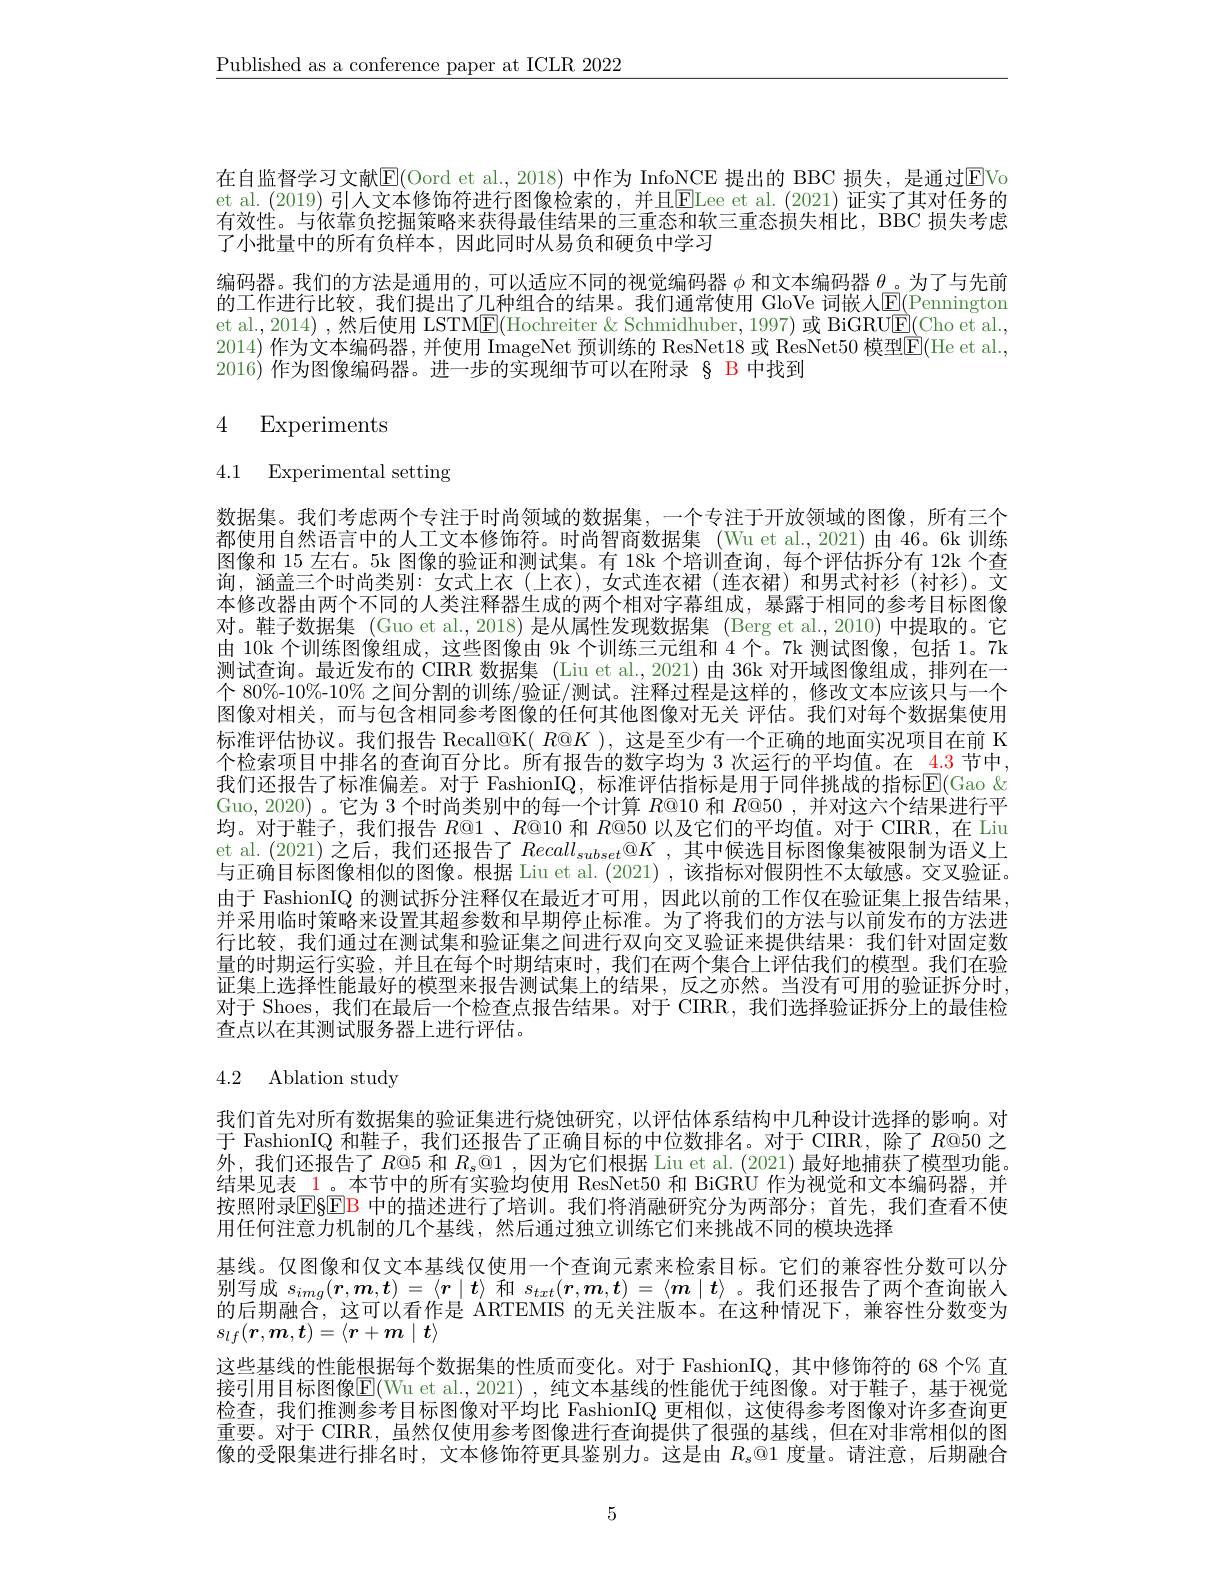
$\underline{\text{Published as a conference paper at ICLR 2022}}$

在自监督学习文献$\mathbb{E}($Oord et al., 2018) 中作为 InfoNCE 提出的 BBC 损失，是通过$\color{red}{\boxed{E}}$Vo et al. (2019) 引人文本修饰符进行图像检索的，并且$\overline{\mathrm{ELee~et~al.~(2021)~证实了其对任务的}}$ 有效性。与依靠负挖掘策略来获得最佳结果的三重态和软三重态损失相比，BBC 损失考虑了小批量中的所有负样本，因此同时从易负和硬负中学习
编码器。我们的方法是通用的，可以适应不同的视觉编码器$\phi$和文本编码器$\theta$。为了与先前的工作进行比较，我们提出了几种组合的结果。我们通常使用 GloVe 词嵌人E(Pennington et al., 2014) ,然后使用 LSTME(Hochreiter &Schmidhuber, 1997) 或 BiGRU$\underline{\mathrm{E}}($Cho et al., 2014) 作为文本编码器，并使用 ImageNet 预训练的 ResNet18 或 ResNet50 模型$\overline{\mathbb{E}}($He et al., 2016) 作为图像编码器。进一步的实现细节可以在附录 § B 中找到

# 4 Experiments

4.1 Experimental setting

数据集。我们考虑两个专注于时尚领域的数据集，一个专注于开放领域的图像，所有三个都使用自然语言中的人工文本修饰符。时尚智商数据集 (Wu et al.,2021)由 46。6k 训练图像和 15 左右。5k 图像的验证和测试集。有 18k 个培训查询，每个评估拆分有 12k 个查询，涵盖三个时尚类别：女式上衣(上衣),女式连衣裙(连衣裙)和男式衬衫(衬衫)。文本修改器由两个不同的人类注释器生成的两个相对字幕组成，暴露于相同的参考目标图像对。鞋子数据集 (Guo et al.,2018)是从属性发现数据集 (Berg et al.,2010)中提取的。它由 10k 个训练图像组成，这些图像由 9k 个训练三元组和 4 个。7k 测试图像，包括 1。7k 测试查询。最近发布的 CIRR 数据集 (Liu et al.,2021)由 36k 对开域图像组成，排列在一个 80%-10%-10% 之间分割的训练/验证/测试。注释过程是这样的，修改文本应该只与一个图像对相关，而与包含相同参考图像的任何其他图像对无关 评估。我们对每个数据集使用标准评估协议。我们报告 Recall@K( $R@K$ ),这是至少有一个正确的地面实况项目在前 K 个检索项目中排名的查询百分比。所有报告的数字均为 3 次运行的平均值。在 4.3 节中， 我们还报告了标准偏差。对于 FashionIQ, 标准评估指标是用于同伴挑战的指标$\mathbb{E}($Gao & Guo, 2020) 。它为 3 个时尚类别中的每一个计算$R@10$和$R@50$ ,并对这六个结果进行平均。对于鞋子，我们报告$R@1$、$R@10$和$R@50$以及它们的平均值。对于 CIRR,在 Liu et al. (2021)之后，我们还报告了$Recall_{subset}^{\textcircled{\mathrm{o}}}K$,其中候选目标图像集被限制为语义上与正确目标图像相似的图像。根据 Liu et al. (2021) ,该指标对假阴性不太敏感。交叉验证。由于 FashionIQ 的测试拆分注释仅在最近才可用，因此以前的工作仅在验证集上报告结果， 并采用临时策略来设置其超参数和早期停止标准。为了将我们的方法与以前发布的方法进行比较，我们通过在测试集和验证集之间进行双向交叉验证来提供结果：我们针对固定数量的时期运行实验，并且在每个时期结束时，我们在两个集合上评估我们的模型。我们在验证集上选择性能最好的模型来报告测试集上的结果，反之亦然。当没有可用的验证拆分时对于 Shoes, 我们在最后一个检查点报告结果。对于 CIRR, 我们选择验证拆分上的最佳检查点以在其测试服务器上进行评估。

# 4.2 Ablation study

我们首先对所有数据集的验证集进行烧蚀研究，以评估体系结构中几种设计选择的影响。对于 FashionIQ 和鞋子，我们还报告了正确目标的中位数排名。对于 CIRR, 除了$R@50$之外，我们还报告了$R$@5 和 $R_s@1$, 因为它们根据 Liu et al. (2021) 最好地捕获了模型功能。结果见表\_1。本节中的所有实验均使用 ResNet50 和 BiGRU 作为视觉和文本编码器，并按照附录$\mathbb{E}_{8}$EB 中的描述进行了培训。我们将消融研究分为两部分；首先，我们查看不使用任何注意力机制的几个基线，然后通过独立训练它们来挑战不同的模块选择
基线。仅图像和仅文本基线仅使用一个查询元素来检索目标。它们的兼容性分数可以分别写成$s_{img}(\boldsymbol{r},\boldsymbol{m},\boldsymbol{t})=\langle\boldsymbol{r}\mid\boldsymbol{t}\rangle$和$s_txt(\boldsymbol{r},\boldsymbol{m},\boldsymbol{t})=\langle\boldsymbol{m}\mid\boldsymbol{t}\rangle$。我们还报告了两个查询嵌人的 后 期 融 合 , 这 可 以 看 作 是 ARTEMIS 的 无 关 注 版 本 。在 这 种 情 况 下 , 兼 容 性 分 数 变 为 $a_{n+(\boldsymbol{x},\boldsymbol{m},\boldsymbol{t})=\langle\boldsymbol{x}\mid\boldsymbol{m}\mid\boldsymbol{t}\rangle}$ $s_{lf}(\boldsymbol{r},\boldsymbol{m},\boldsymbol{t})=\langle\boldsymbol{r}+\boldsymbol{m}\mid\boldsymbol{t}\rangle$
这些基线的性能根据每个数据集的性质而变化。对于 FashionIQ,其中修饰符的 68 个% 直接引用目标图像$\mathbb{E}($Wu et al.,2021),纯文本基线的性能优于纯图像。对于鞋子，基于视觉检查，我们推测参考目标图像对平均比 FashionIQ 更相似，这使得参考图像对许多查询更重要。对于 CIRR, 虽然仅使用参考图像进行查询提供了很强的基线，但在对非常相似的图像的受限集进行排名时，文本修饰符更具鉴别力。这是由$R_\mathrm{s}@$1 度量。请注意，后期融合

5